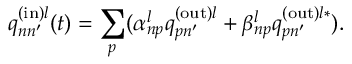
q _ { n n ^ { \prime } } ^ { \mathrm { ( i n ) } l } ( t ) = \sum _ { p } ( \alpha _ { n p } ^ { l } q _ { p n ^ { \prime } } ^ { \mathrm { ( o u t ) } l } + \beta _ { n p } ^ { l } q _ { p n ^ { \prime } } ^ { \mathrm { ( o u t ) } l \ast } ) .